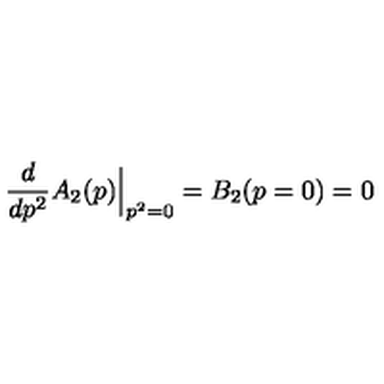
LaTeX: \frac { d } { d p ^ { 2 } } A _ { 2 } ( p ) \Big | _ { p ^ { 2 } = 0 } = B _ { 2 } ( p = 0 ) = 0